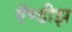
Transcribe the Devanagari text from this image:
ऍण्डीझ